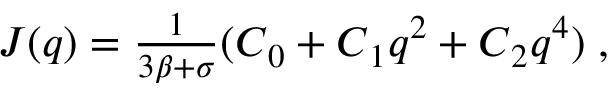
\begin{array} { r } { \boldsymbol J ( \boldsymbol q ) = \frac { 1 } { 3 \beta + \sigma } ( \boldsymbol C _ { 0 } + \boldsymbol C _ { 1 } \boldsymbol { q } ^ { 2 } + \boldsymbol C _ { 2 } \boldsymbol { q } ^ { 4 } ) \; , } \end{array}